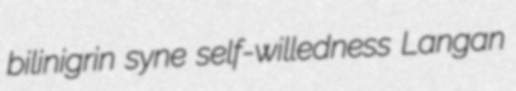
bilinigrin syne self-willedness Langan